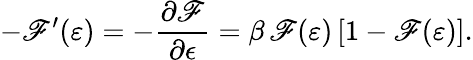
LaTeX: -\mathscr{F}^{\prime}(\varepsilon)=-\frac{{\partial\mathscr{F}}}{{\partial\epsilon}}=\beta\, \mathscr{F}(\varepsilon)\left[1-\mathscr{F}(\varepsilon)\right].